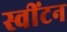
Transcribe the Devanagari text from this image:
स्वींटन